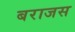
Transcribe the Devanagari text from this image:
बराजस